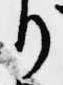
り